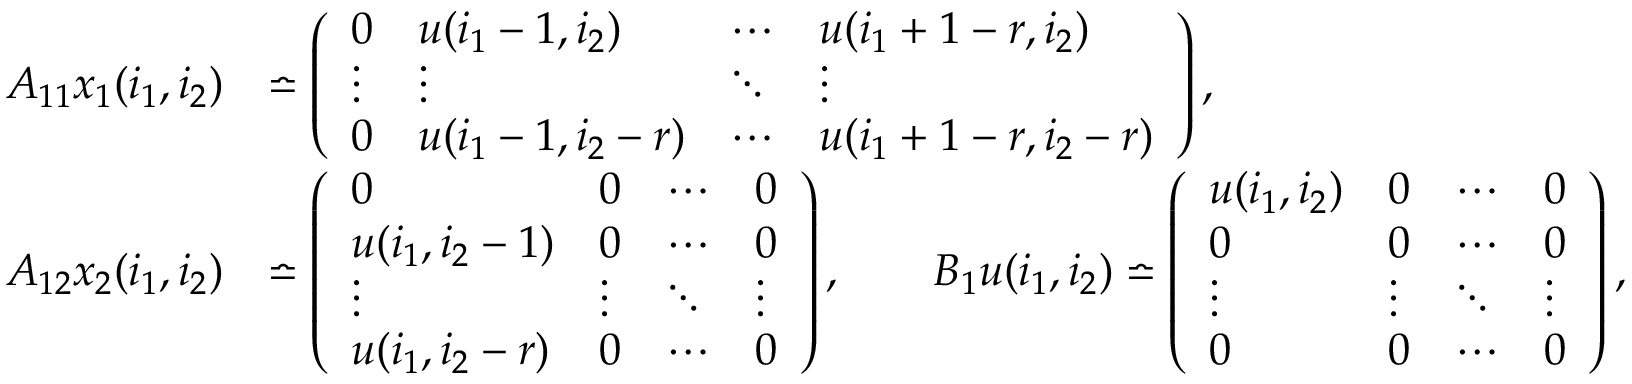
\begin{array} { r l } { \boldsymbol { A } _ { 1 1 } x _ { 1 } ( i _ { 1 } , i _ { 2 } ) } & { \bumpeq \left( \begin{array} { l l l l } { 0 } & { u ( i _ { 1 } - 1 , i _ { 2 } ) } & { \cdots } & { u ( i _ { 1 } + 1 - r , i _ { 2 } ) } \\ { \vdots } & { \vdots } & { \ddots } & { \vdots } \\ { 0 } & { u ( i _ { 1 } - 1 , i _ { 2 } - r ) } & { \cdots } & { u ( i _ { 1 } + 1 - r , i _ { 2 } - r ) } \end{array} \right) , } \\ { \boldsymbol { A } _ { 1 2 } x _ { 2 } ( i _ { 1 } , i _ { 2 } ) } & { \bumpeq \left( \begin{array} { l l l l } { 0 } & { 0 } & { \cdots } & { 0 } \\ { u ( i _ { 1 } , i _ { 2 } - 1 ) } & { 0 } & { \cdots } & { 0 } \\ { \vdots } & { \vdots } & { \ddots } & { \vdots } \\ { u ( i _ { 1 } , i _ { 2 } - r ) } & { 0 } & { \cdots } & { 0 } \end{array} \right) , \qquad \boldsymbol { B } _ { 1 } u ( i _ { 1 } , i _ { 2 } ) \bumpeq \left( \begin{array} { l l l l } { u ( i _ { 1 } , i _ { 2 } ) } & { 0 } & { \cdots } & { 0 } \\ { 0 } & { 0 } & { \cdots } & { 0 } \\ { \vdots } & { \vdots } & { \ddots } & { \vdots } \\ { 0 } & { 0 } & { \cdots } & { 0 } \end{array} \right) , } \end{array}